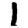
Digit: 1